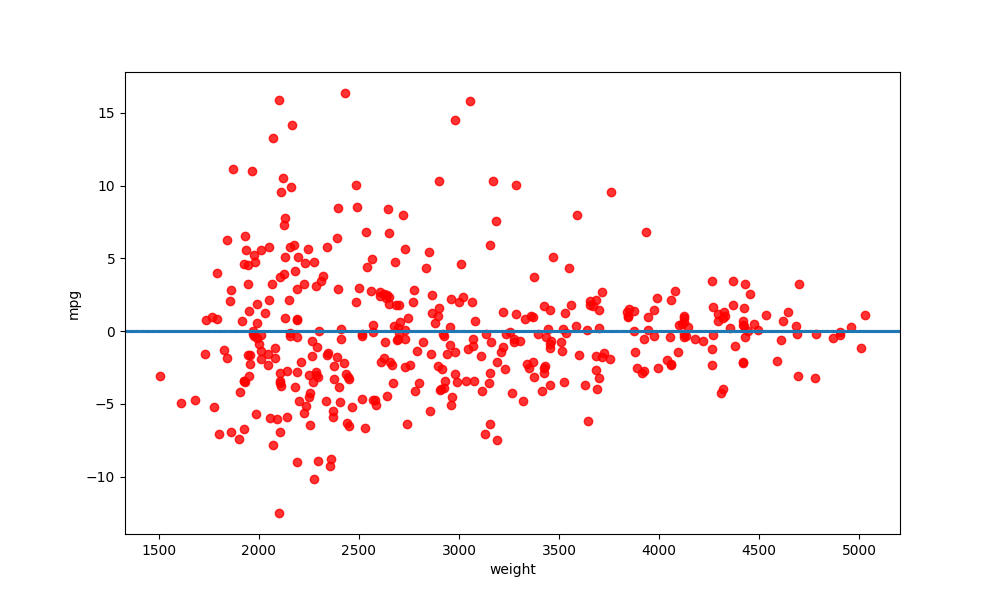
python, seaborn, residplot, lowess=True, scatter_color=red